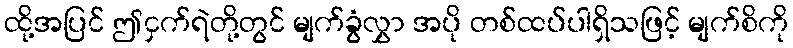
ထို့အပြင် ဤငှက်ရဲတို့တွင် မျက်ခွံလွှာ အပို တစ်ထပ်ပါရှိသဖြင့် မျက်စိကို